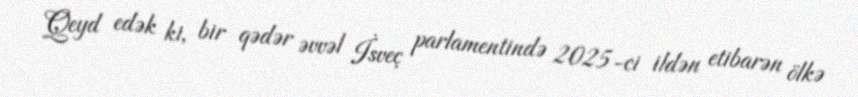
Qeyd edək ki, bir qədər əvvəl İsveç parlamentində 2025-ci ildən etibarən ölkə